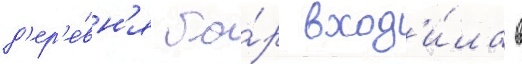
д'ер'е́вн'я бо́р вход'и́ла в